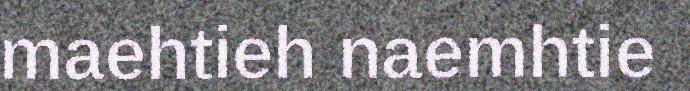
maehtieh naemhtie